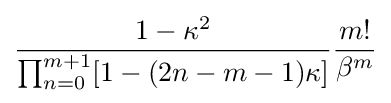
{\frac {1-\kappa ^{2}}{\prod _{n=0}^{m+1}[1-(2n-m-1)\kappa ]}}{\frac {m!}{\beta ^{m}}}